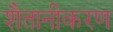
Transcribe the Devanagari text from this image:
शैतानीकरण